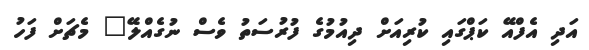
އަދި އެފްއޭ ކަޕްގައި ކުރިއަށް ދިއުމުގެ ފުރުސަތު ވެސް ނުގެއްލޭ" މެޗަށް ފަހު